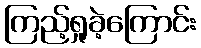
ကြည့်ရှုခဲ့ကြောင်း